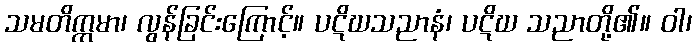
သမတိက္ကမာ၊ လွန်ခြင်းကြောင့်။ ပဋိဃသညာနံ၊ ပဋိဃ သညာတို့၏။ ဝါ၊